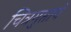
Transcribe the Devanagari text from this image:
चित्रगुप्ताचे